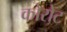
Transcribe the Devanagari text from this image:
कोरोट